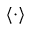
\langle \cdot \rangle